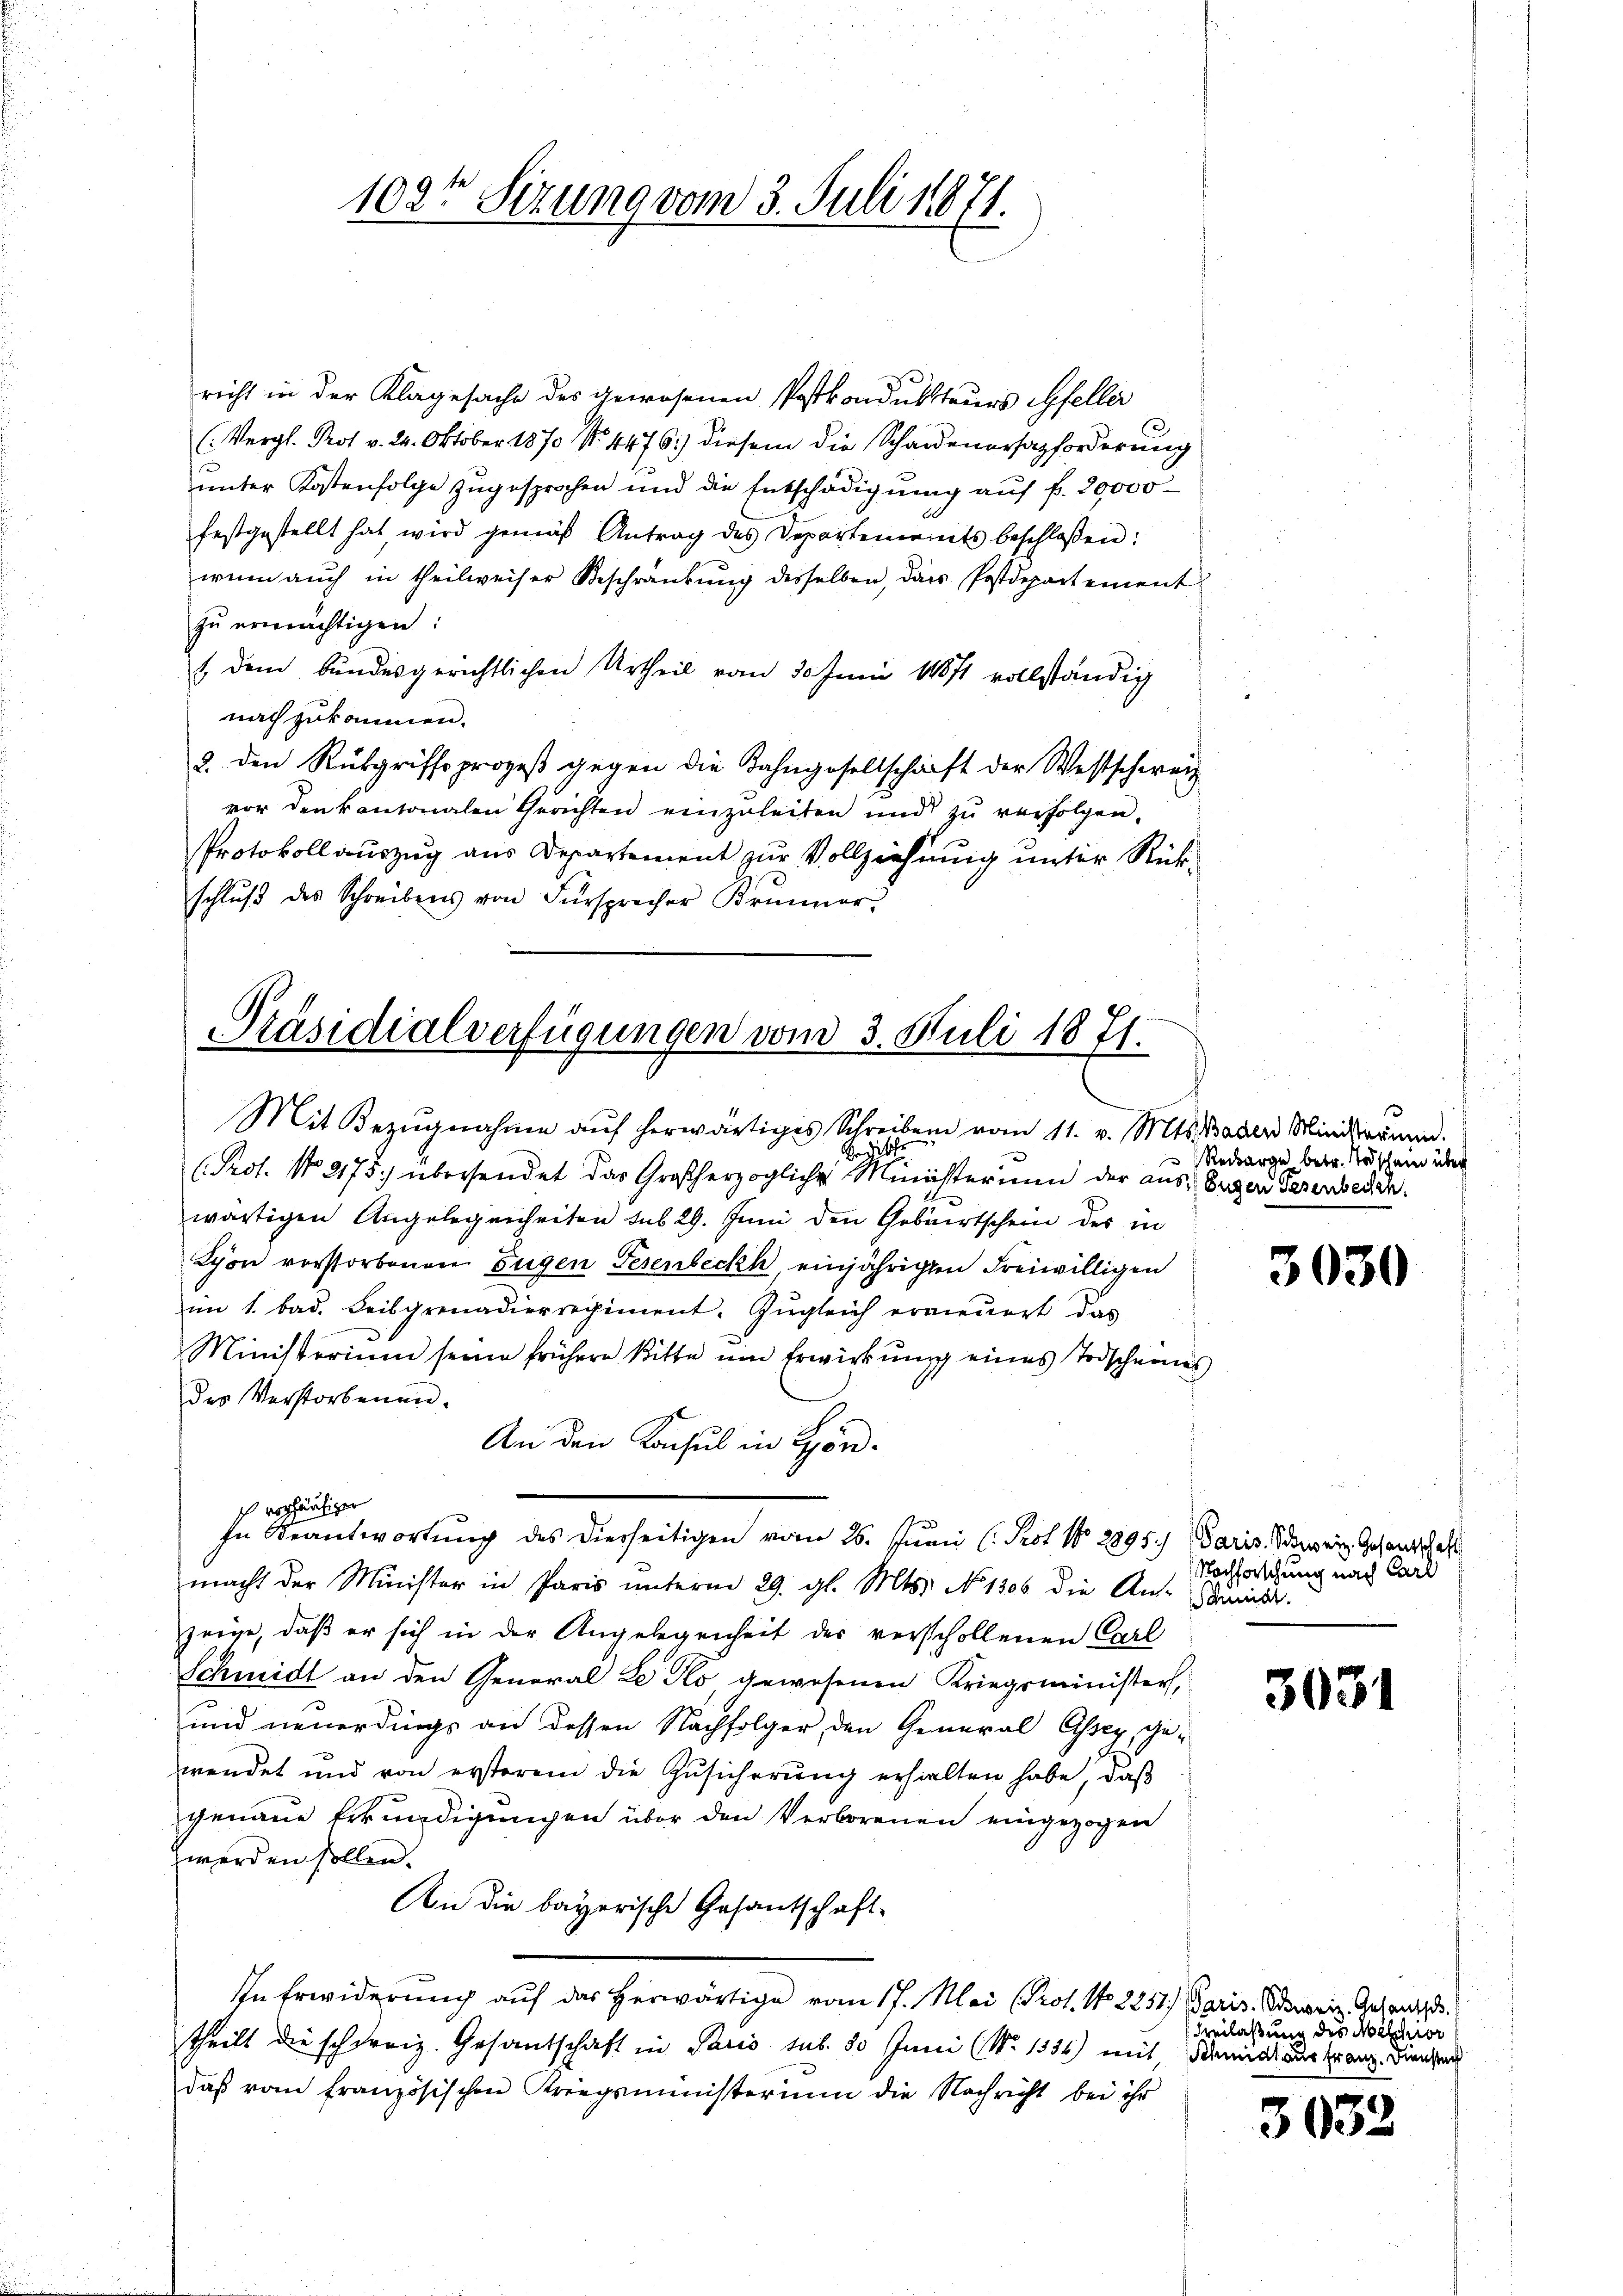
102te Sitzung vom 3. Juli 18871.

richt in der Klagesache des gewesenen Postkondukteurs Gfeller
(Vergl. Prot. v. 24. Oktober 1870 N. 4476) diesem die Schadenersazforderung
unter Kostenfolge zugesprochen und die Entschädigung auf f. 20,000
festgestellt hat, wird gemäß Antrag des Departements beschloßen:
wenn auch in theilweiser Beschränkung desselben, das Postdepartement
zŭ ermächtigen:
1 dem bundesgerichtlichen Urtheil vom 30. Juni 18871 vollständig
nach zukommen.
2. den Rükgriffsprozeβ gegen die Bahngesellschaft der Westschweiz
vor den kantonalen Gerichten einzuleiten und zŭ verfolgen.
Protokoll auszug aus Departement zur Vollziehung unter Rückschlŭβ des Schreibens von Fürsprecher Brunner

Präsidialverfügungen vom 3. Juli 1871.

Mit Bezŭgnahme aŭf herwärtiges Schreiben vom 11. v. Mts. Baden Ministrumen.
sische
Se
(Pot. No. 275. übersendet das Großherzogliche Ministerium der aus Eigen Gesenbedinwärtigen Angelegenheiten sub 29. Juni den Geburtschein des in
Lyon vorstorbenen Eugen Fesenbeckh, einjährigen Freiwilligen
im 1. bad. Leibgrenadierregiment. Zŭgleich erneŭert das
Ministerium seine frühere Bitte ŭm Erwirkung eines Todscheines
des Verstorbenen.
An den Konsul in Görch vorläufiger
In Beantwortung des diesseitigen vom 26. Junii (Prot. No 2895) Paris Schwein Gesandschaft
macht der Minister in Paris unterm 29. gl. Mts. No. 1806 die Ant-unist.
zeige, daß er sich in der Angelegenheit der verschollenen Carl
Schmidt an den General Le Flo gewesenen Kriegsministers,
und neuerdings an dessen Nachfolger, den General Essey, gewendet und von ersterem die Zusicherung erhielten habe, daß
genaue Erkundigungen über den Verborenen eingezogen
zwerden sollen.
An die bayerische Gesantschaft-
In Erwiderung auf das herwärtige vom 17. Mai (Prot. No 2257. Paris. Bewein Gesandt.
theilt die schweiz. Gesantschaft in Paris sub. 50 Juni (N. 1354) mit Schmids aus Franz, Diensten
daβ vom französischen Kriegsministerium die Nachricht bei ihr

Redkarge betr. Todschein über

3030

Nachforschung nach Carl

3031

Beilaßung des Milchior

3032